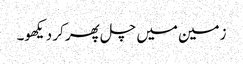
زمین میں چل پھر کر دیکھو۔